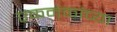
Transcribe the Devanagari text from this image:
एकमे़कांच्या